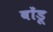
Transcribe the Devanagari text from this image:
बोंडू